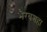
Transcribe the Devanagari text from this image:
भैरवशहा